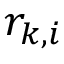
r _ { k , i }